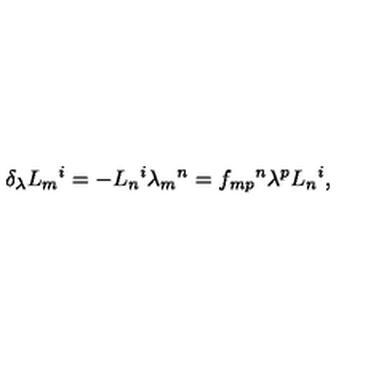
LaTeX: \delta _ { \lambda } L _ { m } { } ^ { i } = - L _ { n } { } ^ { i } \lambda _ { m } { } ^ { n } = f _ { m p } { } ^ { n } \lambda ^ { p } L _ { n } { } ^ { i } ,